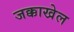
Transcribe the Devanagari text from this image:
जक्काखेल